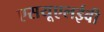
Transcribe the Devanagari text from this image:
एसयूएलईवी